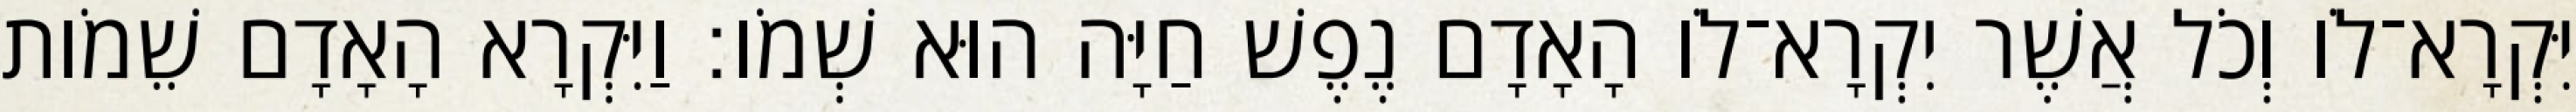
יִּקְרָא־לֹו וְכֹל אֲשֶׁר יִקְרָא־לֹו הָאָדָם נֶפֶשׁ חַיָּה הוּא שְׁמֹו׃ וַיִּקְרָא הָאָדָם שֵׁמֹות